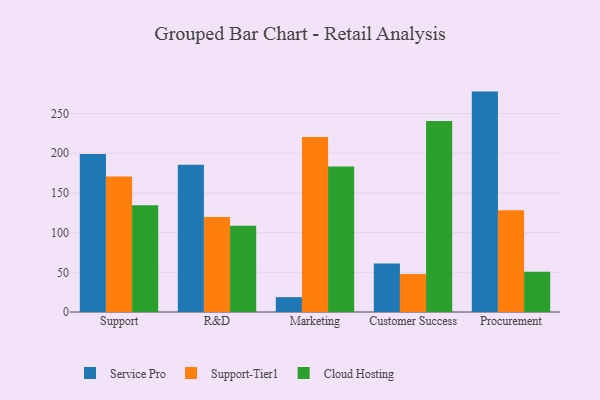
{"axis": {"x": "Department", "y": "Headcount"}, "legend": ["Cloud Hosting", "Service Pro", "Support-Tier1"], "data": [{"x": "Support", "y": 199.1, "type": "Service Pro"}, {"x": "Support", "y": 170.7, "type": "Support-Tier1"}, {"x": "Support", "y": 134.3, "type": "Cloud Hosting"}, {"x": "R&D", "y": 185.5, "type": "Service Pro"}, {"x": "R&D", "y": 119.7, "type": "Support-Tier1"}, {"x": "R&D", "y": 108.7, "type": "Cloud Hosting"}, {"x": "Marketing", "y": 18.7, "type": "Service Pro"}, {"x": "Marketing", "y": 220.3, "type": "Support-Tier1"}, {"x": "Marketing", "y": 183.3, "type": "Cloud Hosting"}, {"x": "Customer Success", "y": 61.2, "type": "Service Pro"}, {"x": "Customer Success", "y": 47.8, "type": "Support-Tier1"}, {"x": "Customer Success", "y": 240.7, "type": "Cloud Hosting"}, {"x": "Procurement", "y": 277.6, "type": "Service Pro"}, {"x": "Procurement", "y": 128.3, "type": "Support-Tier1"}, {"x": "Procurement", "y": 50.8, "type": "Cloud Hosting"}]}